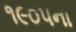
૧૯૦૫ના